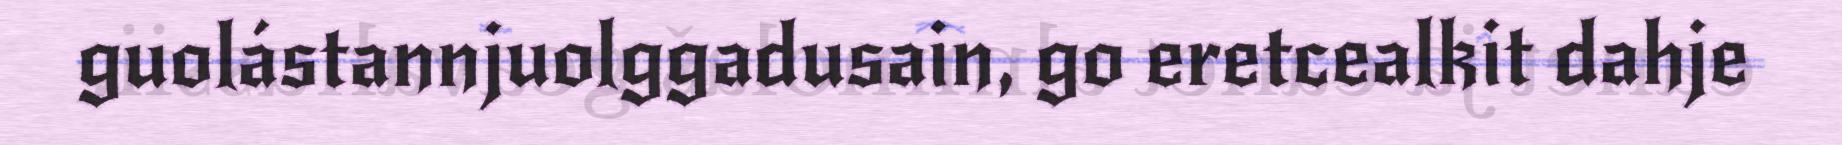
guolástannjuolggadusain, go eretcealkit dahje